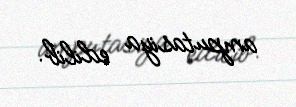
amputasiya edilib.